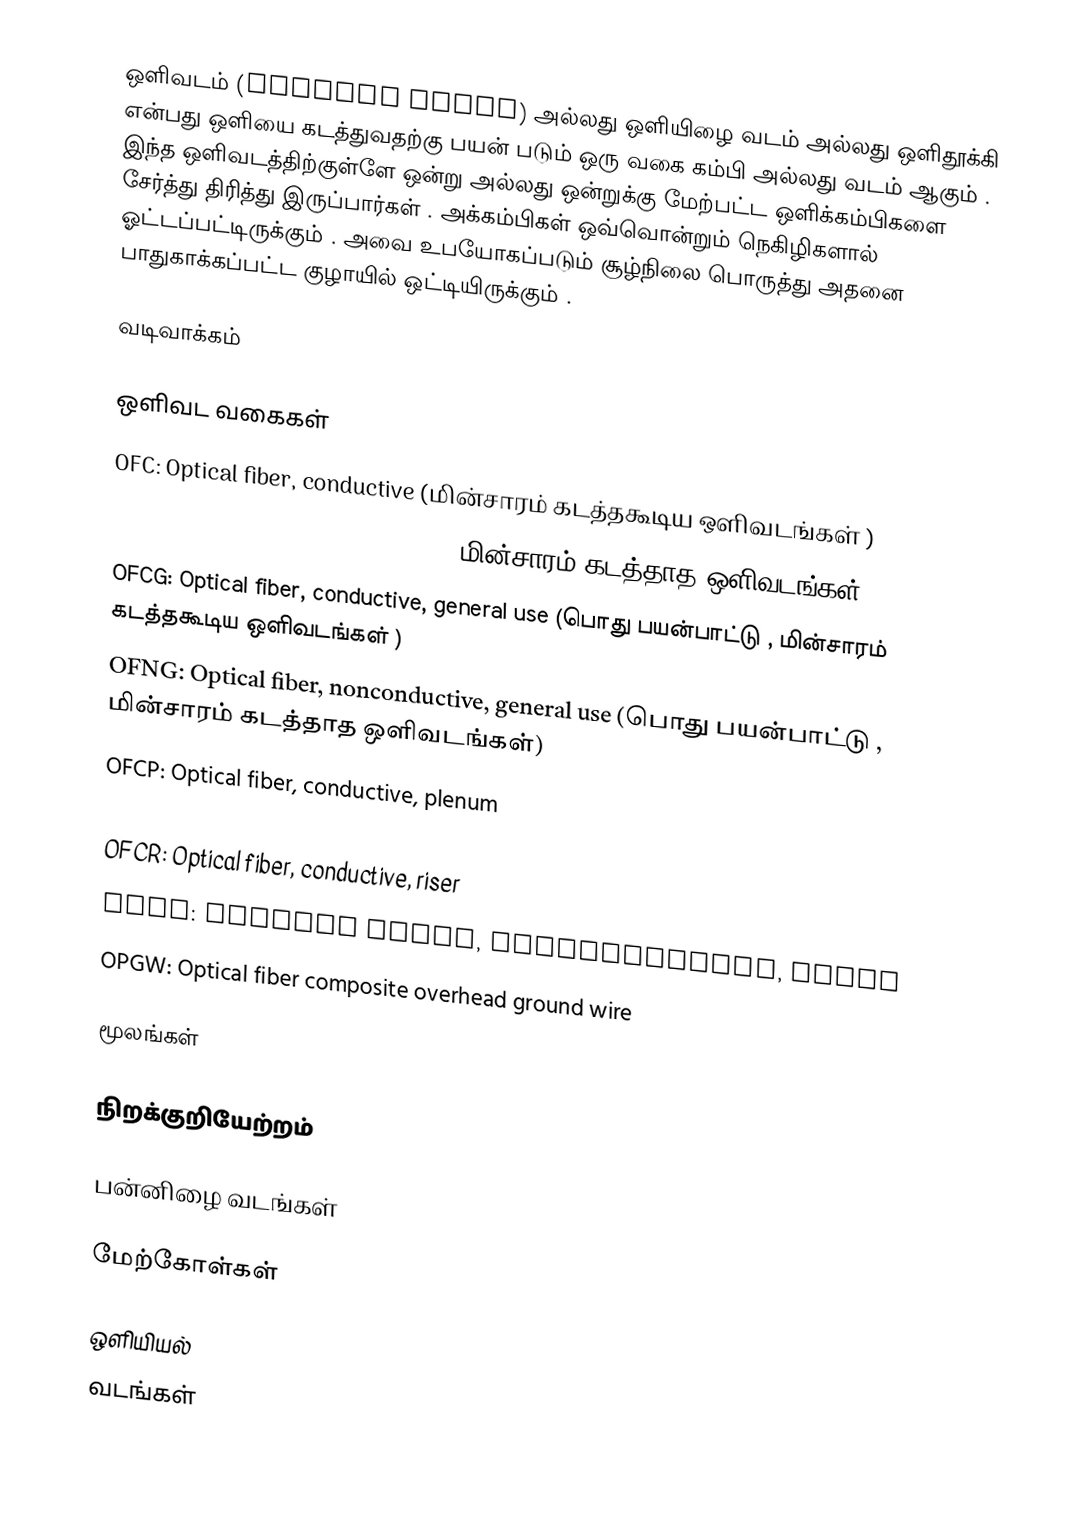
ஒளிவடம் (Optical  cable) அல்லது ஒளியிழை வடம் அல்லது ஒளிதூக்கி என்பது ஒளியை கடத்துவதற்கு பயன் படும் ஒரு வகை கம்பி அல்லது வடம் ஆகும் . இந்த ஒளிவடத்திற்குள்ளே ஒன்று அல்லது ஒன்றுக்கு மேற்பட்ட ஒளிக்கம்பிகளை சேர்த்து திரித்து இருப்பார்கள் . அக்கம்பிகள் ஒவ்வொன்றும் நெகிழிகளால் ஓட்டப்பட்டிருக்கும் . அவை உபயோகப்படும் சூழ்நிலை பொருத்து அதனை பாதுகாக்கப்பட்ட குழாயில் ஒட்டியிருக்கும் .

வடிவாக்கம்

ஒளிவட வகைகள்
 OFC: Optical fiber, conductive (மின்சாரம் கடத்தகூடிய ஒளிவடங்கள் )
 OFN: Optical fiber, nonconductive (மின்சாரம் கடத்தாத ஒளிவடங்கள் )
 OFCG: Optical fiber, conductive, general use (பொது பயன்பாட்டு , மின்சாரம் கடத்தகூடிய ஒளிவடங்கள் )
 OFNG: Optical fiber, nonconductive,  general use (பொது பயன்பாட்டு , மின்சாரம் கடத்தாத ஒளிவடங்கள்)
 OFCP: Optical fiber, conductive, plenum
 OFNP: Optical fiber, nonconductive, plenum
 OFCR: Optical fiber, conductive, riser
 OFNR: Optical fiber, nonconductive, riser
 OPGW: Optical fiber composite overhead ground wire

மூலங்கள்

நிறக்குறியேற்றம்

பன்னிழை வடங்கள்

மேற்கோள்கள்

ஒளியியல்
வடங்கள்